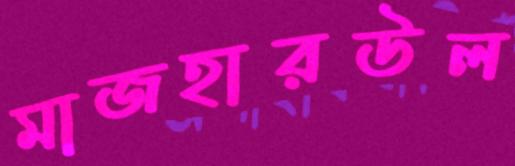
মাজহারউল